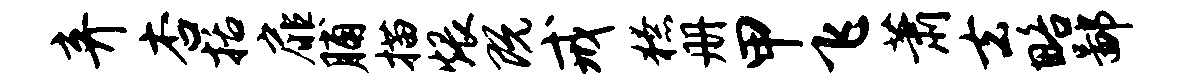
弃杏括扉脯描煨既戒獠册甲飞萧去略鄙